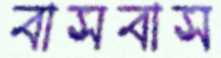
বাসবাস